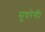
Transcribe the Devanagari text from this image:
सुधरेगी।